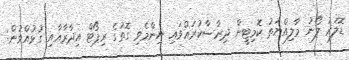
ޑޮލަރު ލޯނު މާލިއްޔަތު ކޮމިޓީން ދިރާސާކުރައްވައި ނިންމެވި ގޮތުގެ ރިޕޯޓް އިދާރާއާއި ގުޅުއްވުން: